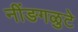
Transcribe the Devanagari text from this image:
नींङगळुटे